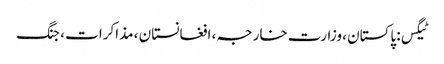
ٹیگس: پاکستان ، وزارت خارجہ ، افغانستان ، مذاکرات ، جنگ